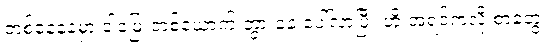
တစ်နေ့နေ့မှာ ငါ့မြေးတစ်ယောက် ဘွားခနဲ ပေါ်လာပြီး ဟိုးအရင်ကလို စာတွေ